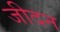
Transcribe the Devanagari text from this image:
जीदन